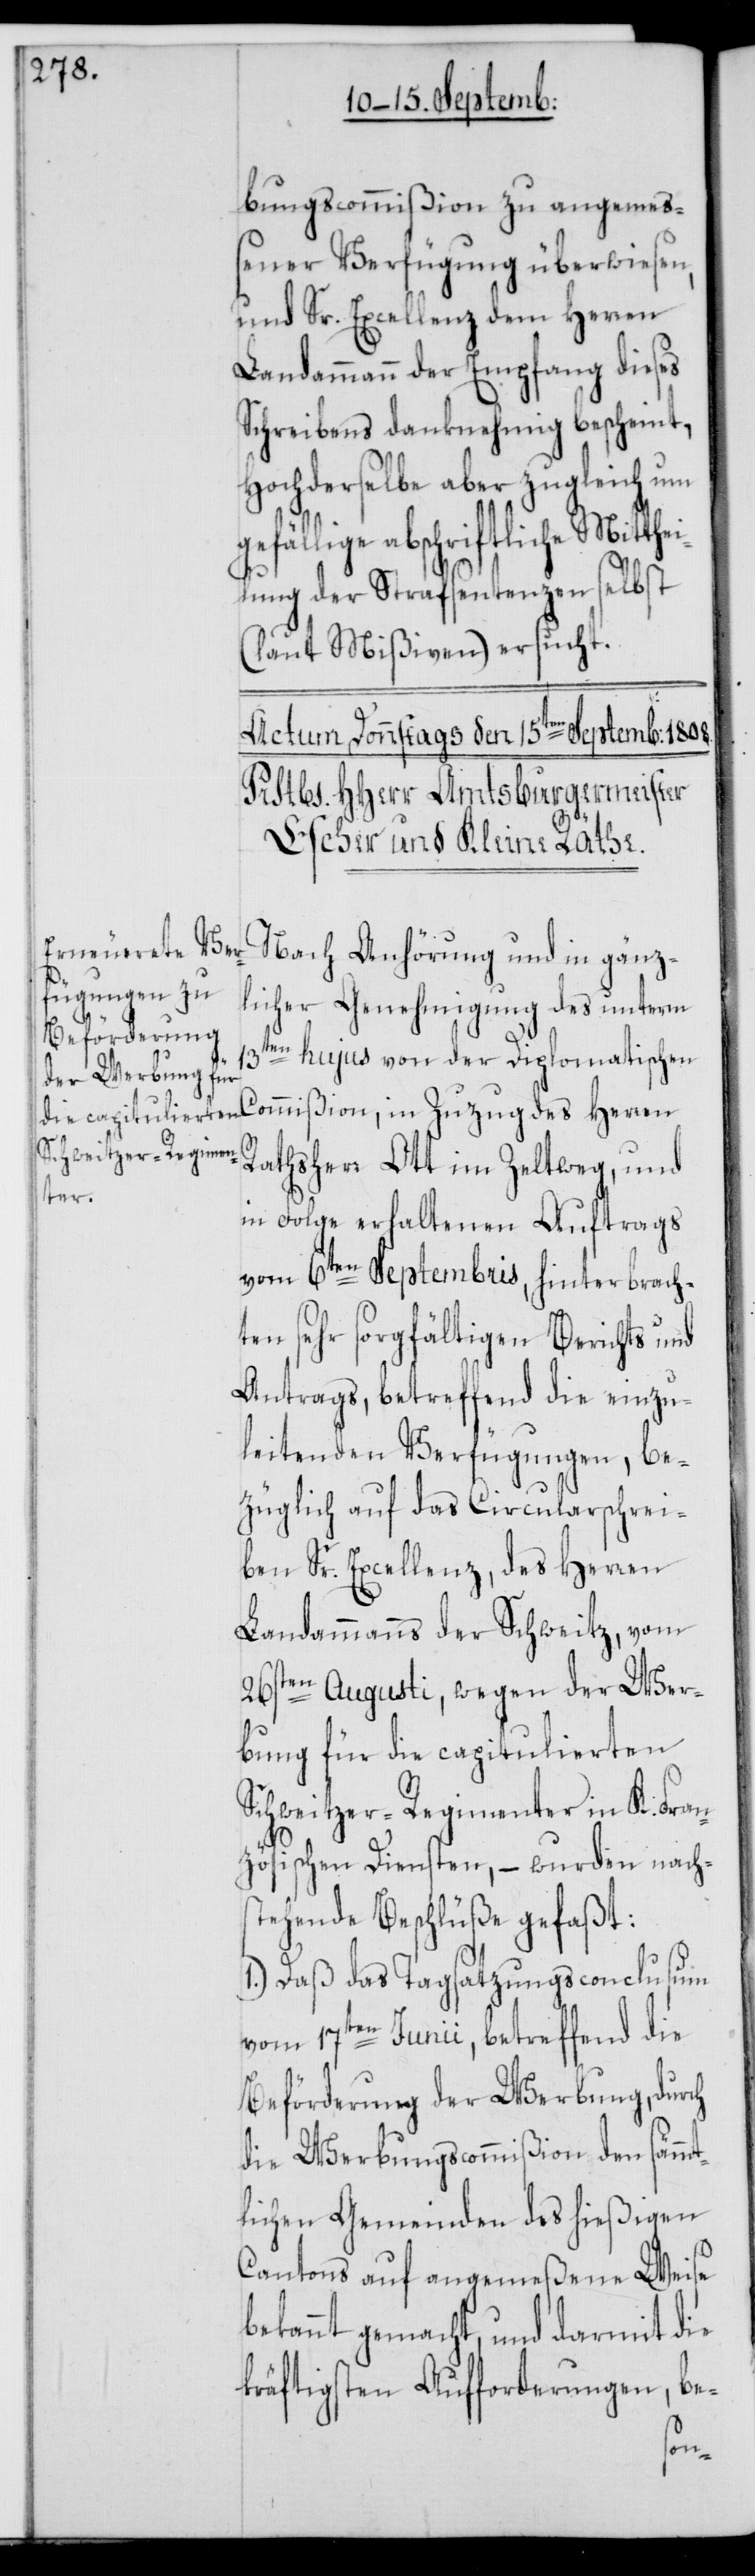
bungscommißion zu angemeß¬
ener Verfügung überwiesen,
und Sr. Excellenz dem Herren
Landammann der Empfang dieses
Schreibens danknehmig bescheint,
Hochderselbe aber zugleich um
gefällige abschriftliche Mitthe¬
ilung der Strafsentenzen selbst
(laut Mißiven) ersucht.
Nach Anhörung und in gänz¬
licher Genehmigung des unterm
13ten hujus von der Diplomatischen
Commißion, in Zuzug des Herren
Rathsherr Ott im Zeltweg, und
in Folge erhaltenen Auftrags
vom 6ten Septembris, hinterbrach¬
ten sehr sorgfältigen Berichts und
Antrags, betreffend die einzu¬
leitenden Verfügungen, be¬
züglich auf das Circularschrei¬
ben Sr. Excellenz, des Herren
Landammanns der Schweitz, vom
26sten Augusti, wegen der Wer¬
bung für die capitulierten
Schweitzer-Regimenter in K. Fran¬
zösischen Diensten, – wurden nach¬
stehende Beschlüße gefaßt:
1.) Daß das Tagsatzungsconclusum
vom 17ten Junii, betreffend die
Beförderung der Werbung, durch
die Werbungscommißion den sämmt¬
lichen Gemeinden des hießigen
Cantons auf angemeßene Weise
bekannt gemacht, und darmit die
kräftigsten Aufforderungen, be-